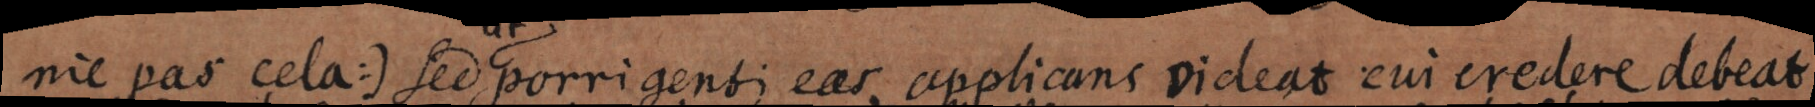
nie pas cela) sed porrigenti eas applicans videat cui credere debeat